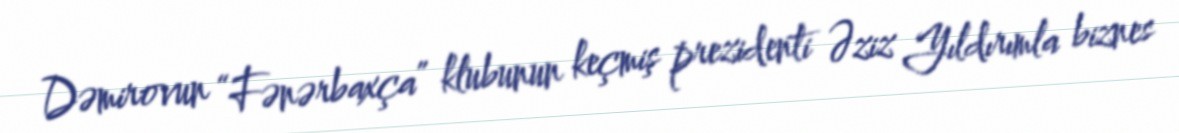
Dəmirovun “Fənərbaxça” klubunun keçmiş prezidenti Əziz Yıldırımla biznes